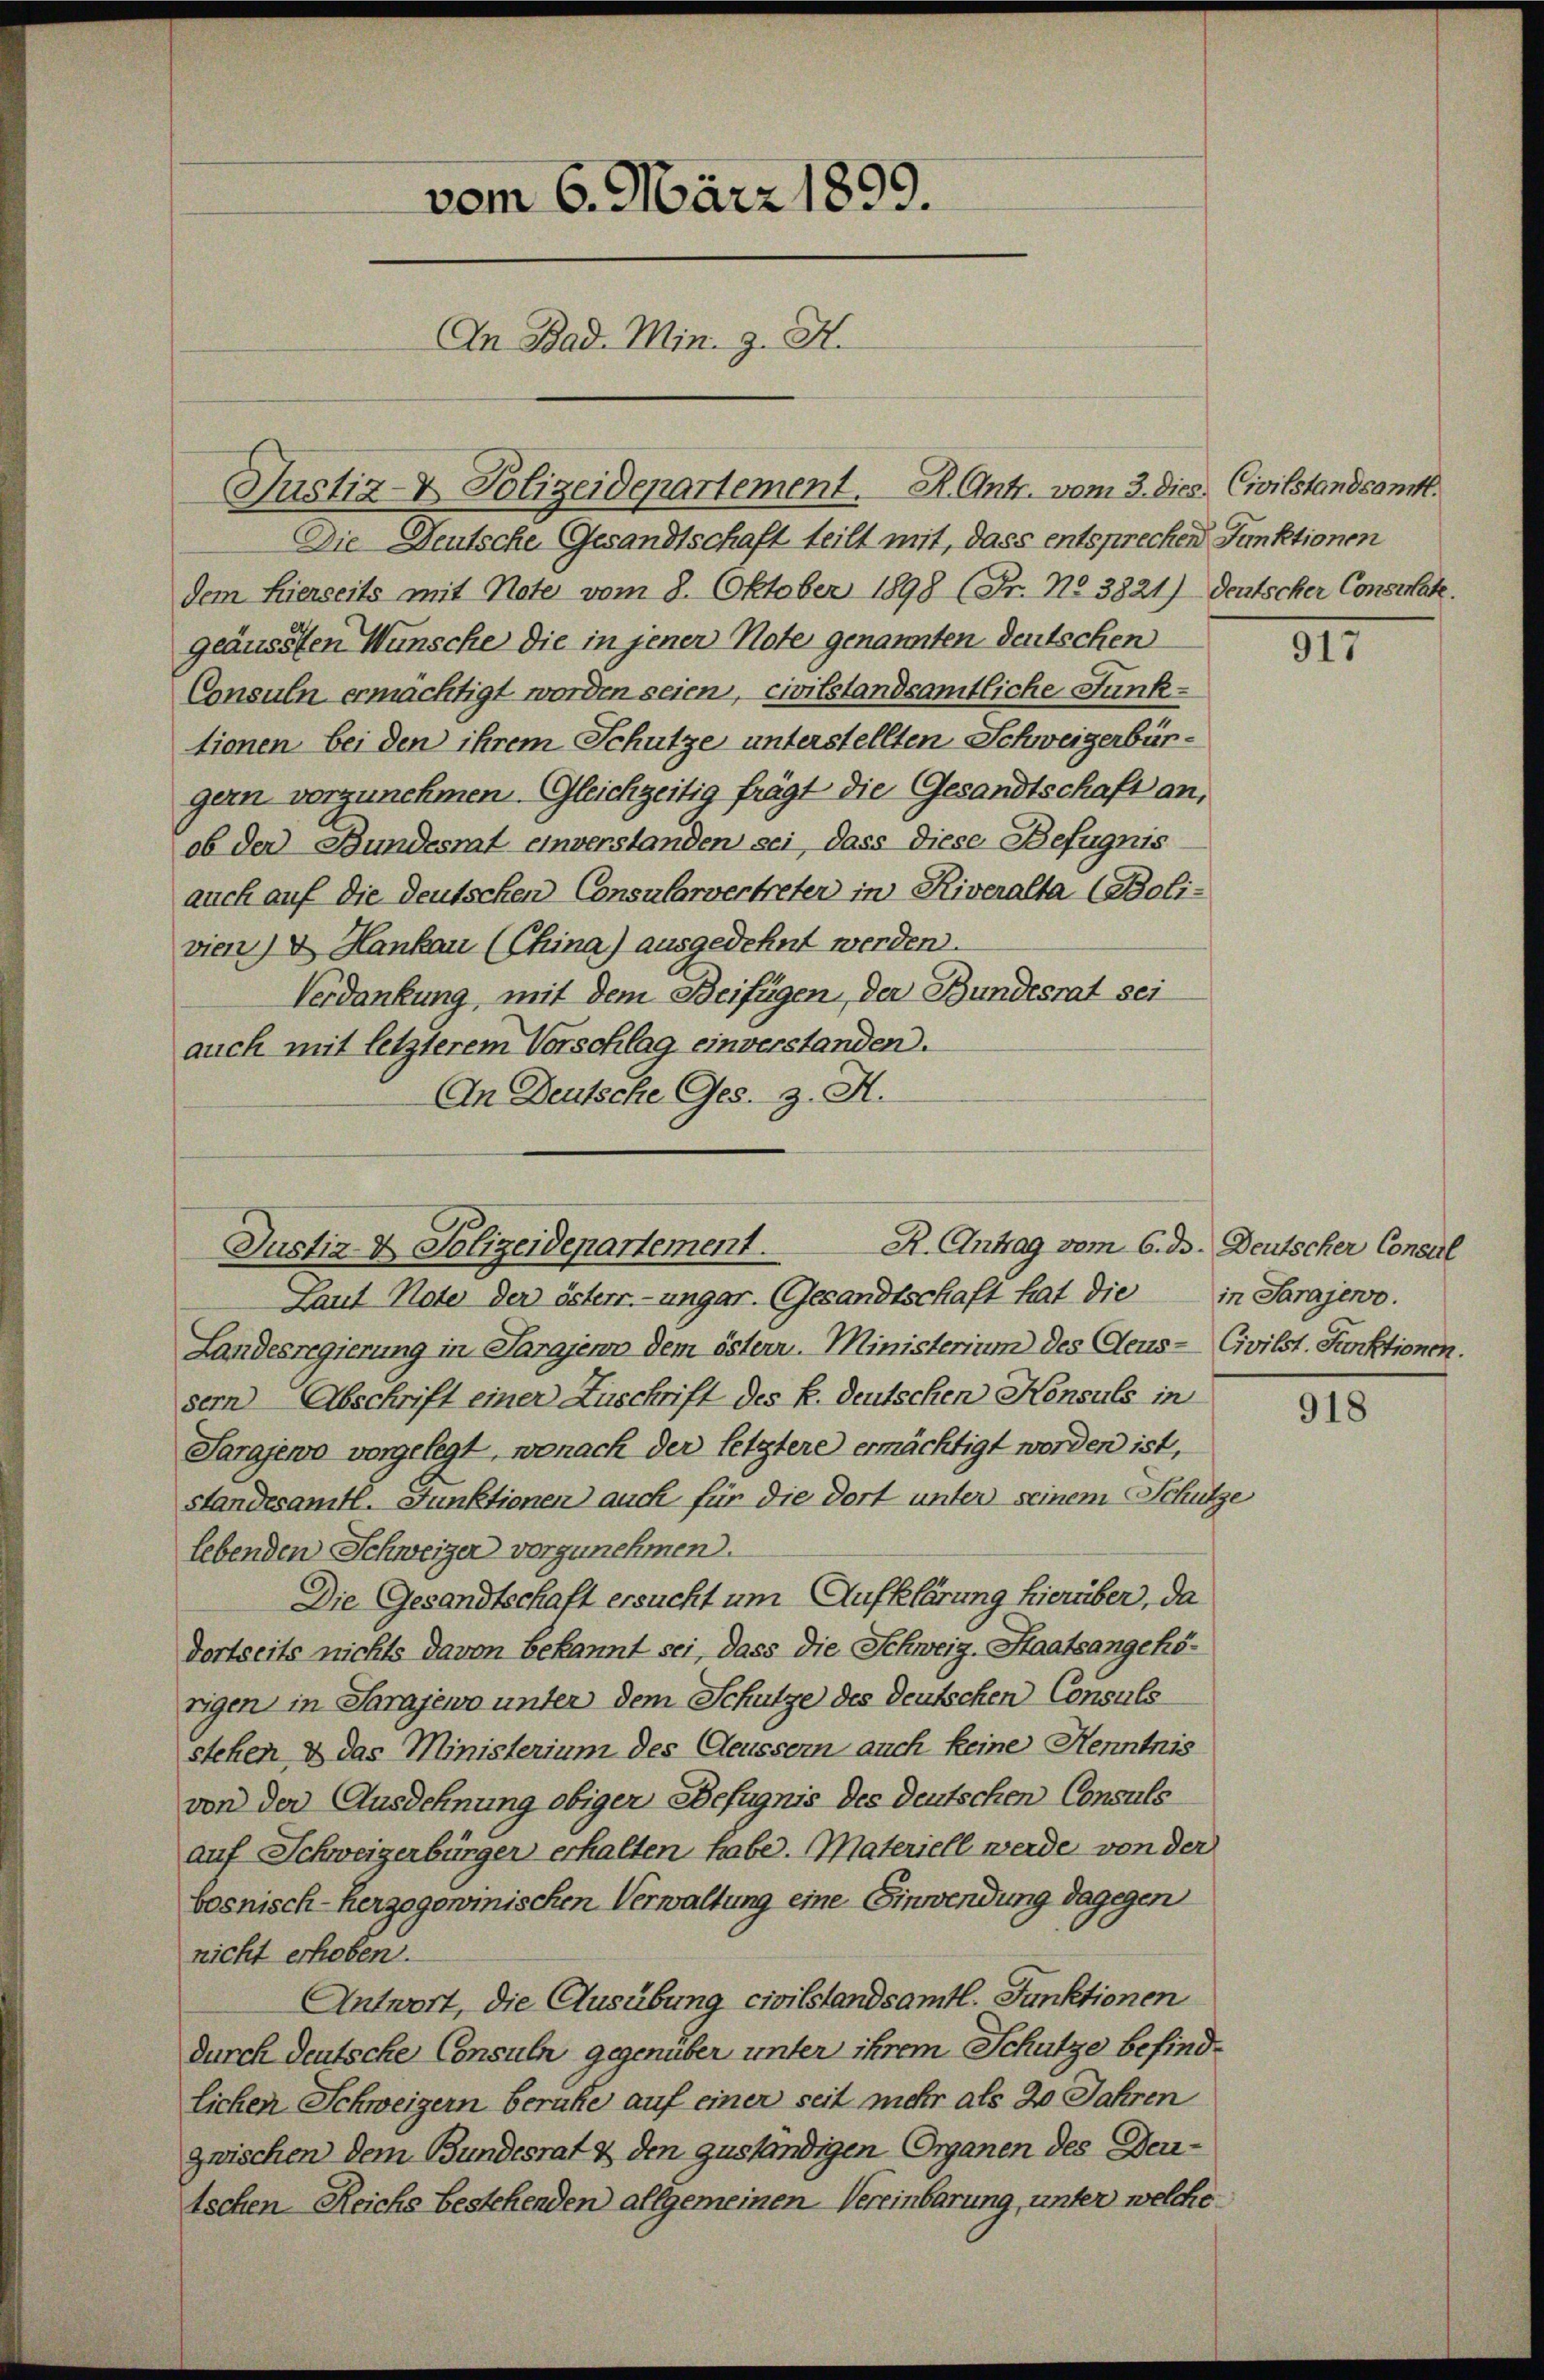
Die Deutsche Gesandtschaft teilt mit, dass entsprechen Funktionen
dem hierseits mit Note vom 8. Oktober 1898 (Fr. No 3821) Deutscher Consulate.
geäussen Wünsche die in jener Note genannten Deutschen
Consuln ermächtigt worden seien, civilstandsamtliche Funktionen bei den ihrem Schutze unterstellten Schweizerbürgern vorzunehmen. Gleichzeitig frägt die Gesandtschaft an,
ob der Bundesrat einverstanden sei, dass diese Befugnis
auch auf die deutschen Consularvertreter in Riveralta (Boli-
vien) u. Hankar (China) ausgedehnt werden.
Verdankung, mit dem Beifügen, der Bundesrat sei
auch mit letzterem Vorschlag einverstanden.
An Deutsche Ges. z. A.

vom 6. März 1899.
An Bad. Min. J. H.

Justiz- & Polizeidepartement. K. Antr. vom 3. dies Civilstandsamtl.

R. Antrag vom 6. ds. Deutscher Consul
Justiz & Polizeidepartement.

Laut Note der österr.-ungar. (Gesandtschaft hat die
Landesregierung in Sarajenn dem östern. Ministerium des Aeus-Civilst. Funktionen.
sern Abschrift einer Zuschrift des k. deutschen Konsuls in
Sarajewo vorgelegt, wonach der letztere ermächtigt worden ist,
standesamtl. Funktionen auch für die dort unter seinem Schütze
lebenden Schweizer vorzunehmen.
Die Gesandtschaft ersucht um Aufklärung hierüber, da
dortseits nichts davon bekannt sei, dass die Schweiz. Staatsangehörigen in Sarajewo unter dem Schutze des Deutschen Consuls
stehen & das Ministerium des Aeussern auch keine Henntnis
von der Ausdehnung obiger Befugnis des deutschen Consuls
auf Schweizerbürger erhalten habe. Materiell werde von der
bosnisch-herzogowinischen Verwaltung eine Einwendung dagegen
nicht erhoben.
Antwort, die Ausübung civilstandsamtl. Funktionen
durch deutsche Consuln gegenüber unter ihrem Schutze befindlichen Schweizern beruhe auf einer seit mehr als 20 Jahren
zwischen dem Bundesrat & den zuständigen Organen des Dertschen Reichs bestehenden allgemeinen Vereinbarung, unter welche

917

in Sarajewo.

918